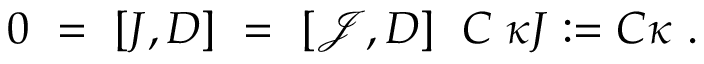
0 \ = \ [ J , D ] \ = \ [ { \mathcal J } , D ] \ \; C \; \kappa J : = C \kappa \ .